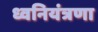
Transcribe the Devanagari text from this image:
ध्वनियंत्रणा